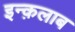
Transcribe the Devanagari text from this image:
इन्क़लाब